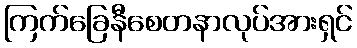
ကြက်ခြေနီစေတနာလုပ်အားရှင်